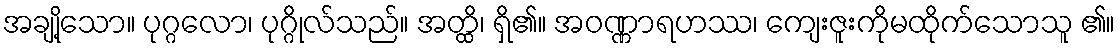
အချို့သော။ ပုဂ္ဂလော၊ ပုဂ္ဂိုလ်သည်။ အတ္ထိ၊ ရှိ၏။ အဝဏ္ဏာရဟဿ၊ ကျေးဇူးကိုမထိုက်သောသူ ၏။